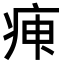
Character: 𤶉